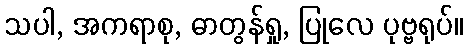
သပါ, အကရာစု, ဓာတွန်ရှု, ပြုလေ ပုဗ္ဗရုပ်။